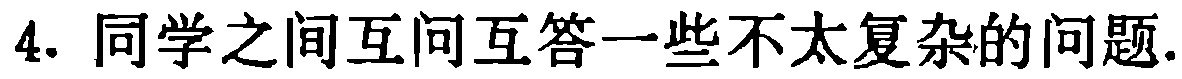
4. 同学之间互问互答一些不太复杂的问题.